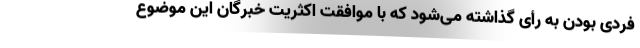
فردی بودن به رأی گذاشته می‌شود که با موافقت اکثریت خبرگان این موضوع